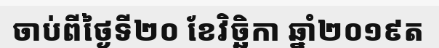
ចាប់ពីថ្ងៃទី២០ ខែវិច្ឆិកា ឆ្នាំ២០១៩ត